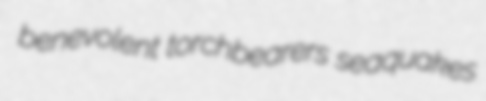
benevolent torchbearers seaquakes